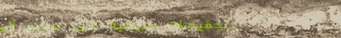
تخفيضات صيفية على جميع ال